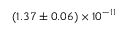
( 1 . 3 7 \pm 0 . 0 6 ) \times 1 0 ^ { - 1 1 }